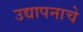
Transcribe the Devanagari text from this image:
उद्यापनाचे